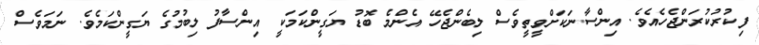
ފިކުރުކުރަންޖެހެއެވެ. އިންސާނަކަށްވީތީވެސް ލިބެންޖެހޭ އެންމެ ބޮޑު ޔަގީންކަމަކީ އިންސާފު ލިބުމުގެ ޔަގީންކަމެވެ. ނަމަވެސް